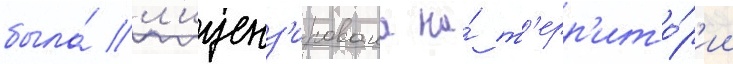
была́ л'иценз'ирована на́ т'ерр'ито́р'ии